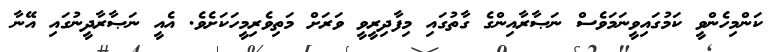
ކަންމިހެންވީ ކަމުގައިވީނަމަވެސް ނަޞާރާއިންގެ ގާތުގައި މިފާދިރީވީ ވަރަށް މަތިވެރިމީހަކަށެވެ. އެއީ ނަޞާރާދީނުގައި އޭނާ